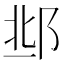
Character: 𨛆